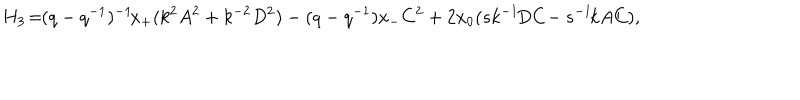
H _ { 3 } \! = \! \! ( q - q ^ { - 1 } ) ^ { - 1 } \! x _ { + } ( k ^ { 2 } A ^ { 2 } + k ^ { - 2 } D ^ { 2 } ) - ( q - q ^ { - 1 } ) x _ { - } C ^ { 2 } + 2 x _ { 0 } ( s k ^ { - 1 } \! D C \! - s ^ { - 1 } \! k A C ) ,